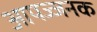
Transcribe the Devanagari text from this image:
आपज्जनक